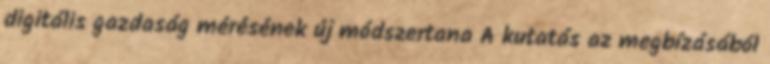
digitális gazdaság mérésének új módszertana A kutatás az megbízásából